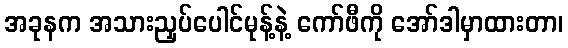
အခုနက အသားညှပ်ပေါင်မုန့်နဲ့ ကော်ဖီကို အော်ဒါမှာထားတာ၊